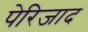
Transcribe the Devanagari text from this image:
पेरिजाद